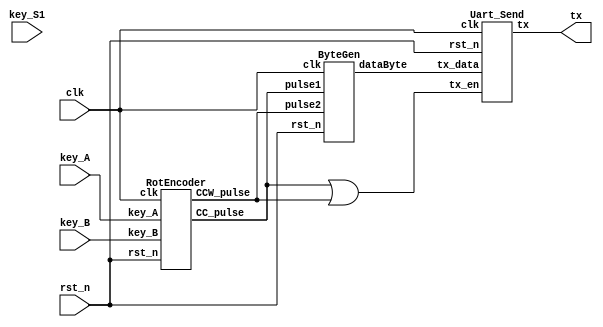
/*--------------------------------------------------------------------------------------------------- 	
*- File name: 			RotEncoderTX.v
*- Top Module name: 	RotEncoderTX
  - Submodules:		RotEncoder, ByteGen, Uart_Send, BaudGen, Uart_Tx
*- Description:			Send the data of Incremental Rotary Encoder through TX line of UART
*- 
*- Example of Usage:
	With this module, you can connect to an incremental Rotary Encoder and send the data to computer
	COM port through TX line. If you have SerialPlot, you can view the plotted data.
	Make sure the Encoder is corrected powered (3.3V -> VCC, 0V -> GND)
	
*- Copyright of this code: MIT License
--------------------------------------------------------------------------------------------------- */

module RotEncoderTX 
(
	input	clk, rst_n,
	input	key_A, key_B, key_S1,
	output	tx
);

// Instantiate RotEncoder module
wire	ROT_cc_pulse, ROT_ccw_pulse;
RotEncoder U1 (clk, rst_n, key_A, key_B, ROT_cc_pulse, ROT_ccw_pulse);

// Instantiate ByteGen module, which converts RotEncoder data into 8-bit TXdata to be sent
wire	[7:0]	txData;
ByteGen	U2 (clk, rst_n, ROT_cc_pulse, ROT_ccw_pulse, txData);

// The OR gate that triggers the 'tx_en' of the UART_Tx module
wire	enableCC_CCW;
or (enableCC_CCW, ROT_cc_pulse, ROT_ccw_pulse);

// Instantiate Uart_Send module to send data through TX
Uart_Send U3 (clk, rst_n, enableCC_CCW, txData, tx);
endmodule



/*********************************** Description of submodules: Uart_Send *********************************/
module Uart_Send #(parameter BPS_PARA = 1250) // For Baud Rate 9600
(
	input	clk, rst_n,
	input 	tx_en,				// enable tranmission when tx_en has a falling edge
	/**** bitstream data packet, if you want to communicate	to computer via
	the COM port, connect this tx to the TX pin of STEPFPGA-Core Board ***/
	input	[7:0]	tx_data,	// 8-bit data to be sent out through tx line
	output	tx					// bitstream datapack with '1' and '0' added at two ends
);		

/************ Instantiate BaudGen submodule to generate standard BaudRates ************/
wire	bps_en,bps_clk;
BaudGen # (.BPS_PARA(BPS_PARA)) U1 (
	.clk		(clk),	
	.rst_n		(rst_n),	
	.bps_en		(bps_en),	// Connects to bps_en on UART_Tx
	.bps_clk	(bps_clk)	// Connects to bps_clk on UART_Tx
);

/**************** Instantiate UART_Tx submodul ready to transmit data *****************/
Uart_Tx U2 (
	.clk		(clk),				
	.rst_n		(rst_n),			
	.bps_en		(bps_en),			// Connects to bps_en on BaudGen
	.bps_clk	(bps_clk),			// Connects to bps_clk on BaudGen
	.tx_en		(tx_en),
	.tx_data	(tx_data),		
	.tx			(tx)				// bitstream datapack sending to rx of hardware B
);
endmodule



/*********************************** Description of submodules: BaudGen *********************************/
module BaudGen # (parameter BPS_PARA = 1250)(
	input					clk, rst_n,	
	input					bps_en,		// Connects to bps_en on UART_Tx
	output	reg				bps_clk		// Connects to bps_clk on UART_Tx
);	
 
reg				[12:0]	cnt;
always @ (posedge clk or negedge rst_n) begin
	if(!rst_n) 
		cnt <= 1'b0;
	else if((cnt >= BPS_PARA-1)||(!bps_en)) // if bps_en is low, stop Bauds
		cnt <= 1'b0;						
	else 
		cnt <= cnt + 1'b1;
end
 
// Setup for different Bauds according to the parameter given
always @ (posedge clk or negedge rst_n)
	begin
		if(!rst_n) 
			bps_clk <= 1'b0;
		else if(cnt == (BPS_PARA>>1)) 	// Use the middle point for sampling, see Figure 5.6.x 
			bps_clk <= 1'b1;	
		else 
			bps_clk <= 1'b0;
	end
endmodule

/**************************************** Description of submodules: Uart_Tx *********************************/
module Uart_Tx (
	input					clk, rst_n,			
	input					bps_clk,			// Connects to bps_en on BaudGen
	output	reg				bps_en,				// Connects to bps_clk on BaudGen
	input					tx_en,				// Enable tranmission when tx_en is high
	input			[7:0]	tx_data,			// The 8-bit data to be sent to receiver (e.g. 8'b00001011)
	output	reg				tx					// The bitstream data packet for tx_data (e.g. 1_00001011_0)
);
 
reg	  tx_en_r;
always @ (posedge clk or negedge rst_n) begin
	if(!rst_n) 
		tx_en_r <= 1'b0;
	else 
		tx_en_r <= tx_en;
end
 
// When a falling edge is detected meaning start to transmit one data byte
wire	neg_tx_en = tx_en_r & (~tx_en);
reg				[3:0]	num;
reg				[9:0]	tx_data_r;	

// Based on UART protocol, add '1' at start and '0' at end of the data byte
always @ (posedge clk or negedge rst_n) begin
	if(!rst_n) begin
		bps_en <= 1'b0;
		tx_data_r <= 8'd0;
	end else if(neg_tx_en)begin	
		bps_en <= 1'b1;						// when bps_en is high, add '1' and '0' to the data byte
		tx_data_r <= {1'b1,tx_data,1'b0};	
	end else if(num==4'd10) begin			// when sent out 10 bits, go back to idle by setting bps_en to low
		bps_en <= 1'b0;	
	end
end
 
// Send the 10 bits data sequentially through tx line
always @ (posedge clk or negedge rst_n) begin
	if(!rst_n) begin
		num <= 1'b0;
		tx <= 1'b1;
	end else if(bps_en) begin
		if(bps_clk) begin
			num <= num + 1'b1;
			tx <= tx_data_r[num];
		end else if(num>=4'd10) 
			num <= 4'd0;	
	end
end
endmodule

/**************************************** Description of submodules: RotEncoder *********************************/
module RotEncoder (
	input			clk, rst_n,	
	input			key_A, key_B,			
	output	reg		CC_pulse, CCW_pulse
);
	
localparam				NUM_250US = 3_000;

/************* Eliminate the glitches unstable signals during movement ********/
reg	[12:0]	cnt;											//
//count for clk_500us                                                                                                         //
always@(posedge clk or negedge rst_n) begin                 //
	if(!rst_n) cnt <= 0;                                    //
	else if(cnt >= NUM_250US-1) cnt <= 1'b0;                //
	else cnt <= cnt + 1'b1;                                 //
end                                                         //
reg	clk_500us;	                                            //
always@(posedge clk or negedge rst_n) begin                 //
	if(!rst_n) clk_500us <= 0;                              //
	else if(cnt == NUM_250US-1) clk_500us <= ~clk_500us;    //
	else clk_500us <= clk_500us;                            //
end                                                         //
reg	key_A_r,key_A_r1,key_A_r2;                              //
always@(posedge clk_500us) begin                            //
	key_A_r		<=	key_A;                                  //
	key_A_r1	<=	key_A_r;                                //
	key_A_r2	<=	key_A_r1;                               //
end                                                         //
reg	A_state;                                                //
always@(key_A_r1 or key_A_r2) begin                         //
	case({key_A_r1,key_A_r2})                               //
		2'b11:	A_state <= 1'b1;                            //
		2'b00:	A_state <= 1'b0;                            //
		default: A_state <= A_state;                        //
	endcase                                                 //
end                                                         //
reg	key_B_r,key_B_r1,key_B_r2;                              //
always@(posedge clk_500us) begin                            //
	key_B_r		<=	key_B;                                  //
	key_B_r1	<=	key_B_r;                                //
	key_B_r2	<=	key_B_r1;                               //
end                                                         //
reg	B_state;                                                //
always@(key_B_r1 or key_B_r2) begin                         //
	case({key_B_r1,key_B_r2})                               //
		2'b11:	B_state <= 1'b1;                            //
		2'b00:	B_state <= 1'b0;                            //
		default: B_state <= B_state;                        //
	endcase                                                 //
end                                                         //
/*************************************************************************************/

// Detects the edge transition of Signal A on Rotary Encoder
reg A_state_r,A_state_r1;
always@(posedge clk) begin
	A_state_r <= A_state; 
	A_state_r1 <= A_state_r;
end
wire	A_pos	= (!A_state_r1) && A_state_r;
wire	A_neg	= A_state_r1 && (!A_state_r);

// If A is posedge and B is HIGH, or if A is falling edge and B is LOW, then clockwise
always@(posedge clk or negedge rst_n) begin
	if(!rst_n) CC_pulse <= 1'b0;
	else if((A_pos&&B_state)||(A_neg&&(!B_state))) CC_pulse <= 1'b1;
	else CC_pulse <= 1'b0;
end 

// If A is posedge and B is LOW, or if A is falling edge and B is HIGH, then counterclockwise
always@(posedge clk or negedge rst_n) begin
	if(!rst_n) CCW_pulse <= 1'b0;
	else if((A_pos&&(!B_state))||(A_neg&&B_state)) CCW_pulse <= 1'b1;
	else CCW_pulse <= 1'b0;
end 
endmodule

/**************************************** Description of submodules: ByteGen *********************************/
module ByteGen (
	input				clk,rst_n,			
	input				pulse1, pulse2,
	output	reg	[7:0]	dataByte
);

//key_pulse transfer to dataByte
always@(posedge clk or negedge rst_n) begin
	if(!rst_n) begin
		dataByte <= 8'b0000_0000;
	end else begin
		if(pulse1) begin
			dataByte <= dataByte - 1'b1;
		end 
		else if(pulse2) begin
			dataByte <= dataByte + 1'b1;
		end 
		else begin
			dataByte <= dataByte;
		end
	end
end

endmodule